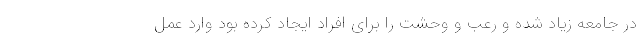
در جامعه زیاد شده و رعب و وحشت را برای افراد ایجاد کرده بود وارد عمل